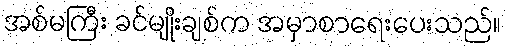
အစ်မကြီး ခင်မျိုးချစ်က အမှာစာရေးပေးသည်။